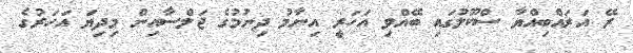
ރޭ އަރައްބިއްޔާ ސްކޫލުގައި ބޭއްވި އަހަރީ އިނާމު ދިނުމުގެ ޖަލްސާއިން މިދިޔަ އަހަރުގެ